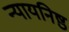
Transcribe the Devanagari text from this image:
न्यायनिष्ठ